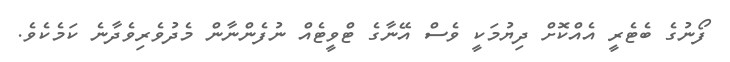
ފޯނުގެ ބެޓެރީ އެއްކޮށް ދިޔުމަކީ ވެސް އޭނާގެ ޓްވީޓެއް ނުފެންނާން މެދުވެރިވެދާނެ ކަމެކެވެ.